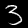
Digit: 3